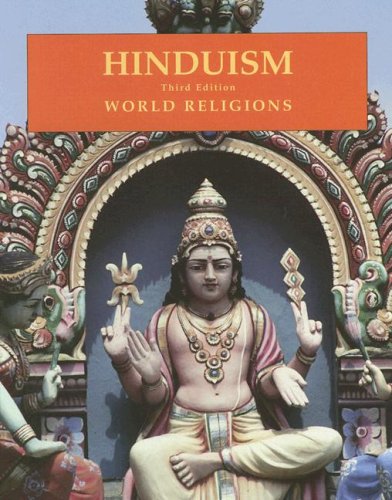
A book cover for Hinduism (World Religions (Facts on File)); Madhu Bazaz Wangu; Children's Books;